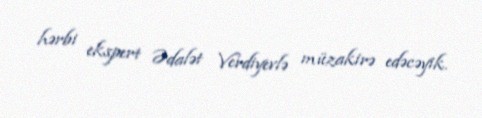
hərbi ekspert Ədalət Verdiyevlə müzakirə edəcəyik.